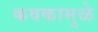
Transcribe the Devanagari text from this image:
कवकामुळे